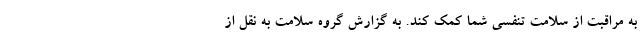
به مراقبت از سلامت تنفسی شما کمک کند. به گزارش گروه سلامت به نقل از